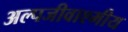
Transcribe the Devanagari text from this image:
अल्पजीवाश्मीय